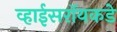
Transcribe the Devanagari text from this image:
व्हाईसरॉयकडे